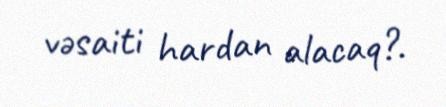
vəsaiti hardan alacaq?.